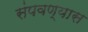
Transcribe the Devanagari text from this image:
संपवण्यास